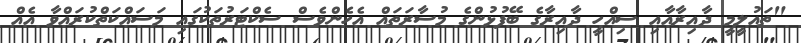
"ތައުލީމީ ދާއިރާއާއި ސިއްހީ ދާއިރާގެ ބޭފުޅުންގެ މުސާރަތައް އެހެންވެސް ސެކްޓަރުތަކުގައި މަސައްކަތްކުރައްވާ އެއް